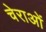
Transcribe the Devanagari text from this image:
चेराओं